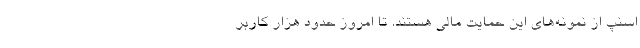
اسنپ از نمونه‌های این حمایت مالی هستند. تا امروز حدود هزار کاربر